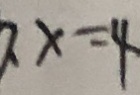
x = 4